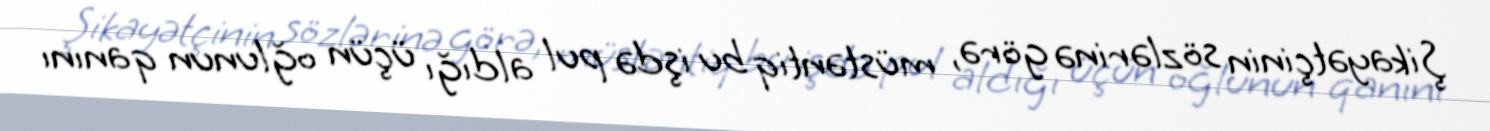
Şikayətçinin sözlərinə görə, müstəntiq bu işdə pul aldığı üçün oğlunun qanını